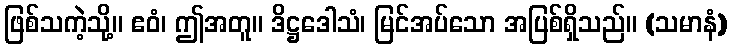
ဖြစ်သကဲ့သို့။ ဧဝံ၊ ဤအတူ။ ဒိဋ္ဌဒေါသံ၊ မြင်အပ်သော အပြစ်ရှိသည်။ (သမာနံ)